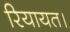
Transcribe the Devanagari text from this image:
रियायत।